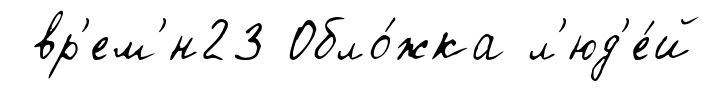
вр'ем'́н23 Обло́жка л'юд'е́й